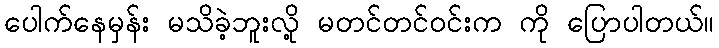
ပေါက်နေမှန်း မသိခဲ့ဘူးလို့ မတင်တင်ဝင်းက ကို ပြောပါတယ်။